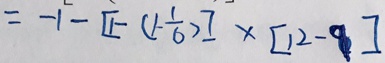
= - 1 - [ 1 - ( 1 - \frac { 1 } { 6 } ) ] \times [ 1 2 - 9 ]